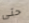
حتى